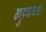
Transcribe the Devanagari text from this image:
कड़ुवापन